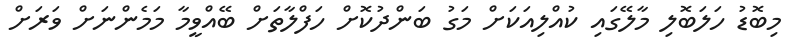
މިބޮޑު ހަލަބޮލި މާލޭގައި ކުއްލިއަކަށް މަގު ބަންދުކޮށް ހަފްލާތަށް ބޭއްވީމާ މަމެންނަށް ވަރަށް